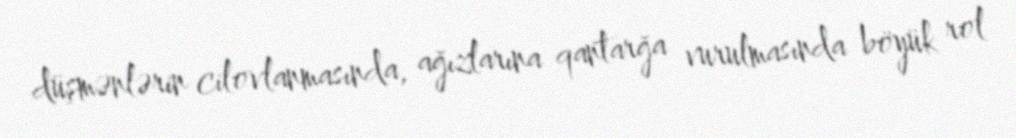
düşmənlərin cilovlanmasında, ağızlarına qantarğa vurulmasında böyük rol